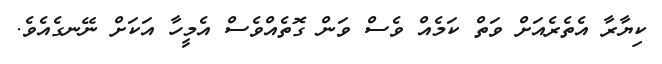
ކިޔާރާ އެތެރެއަށް ވަތް ކަމެއް ވެސް ވަން ގޮތެއްވެސް އެމީހާ އަކަށް ނޭނގެއެވެ.